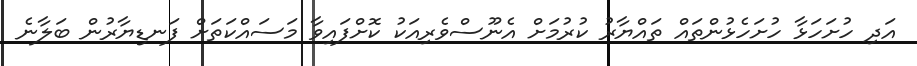
އަދި ހުށަހަޅާ ހުށަހެޅުންތައް ތައްޔާރު ކުރުމަށް އެނޫސްވެރިއަކު ކޮށްފައިވާ މަސައްކަތަށް ފަނޑިޔާރުން ބަލާނެ